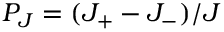
P _ { J } = ( J _ { + } - J _ { - } ) / J